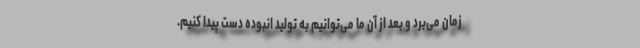
زمان می‌برد و بعد از آن ما می‌توانیم به تولید انبوده دست پیدا کنیم.